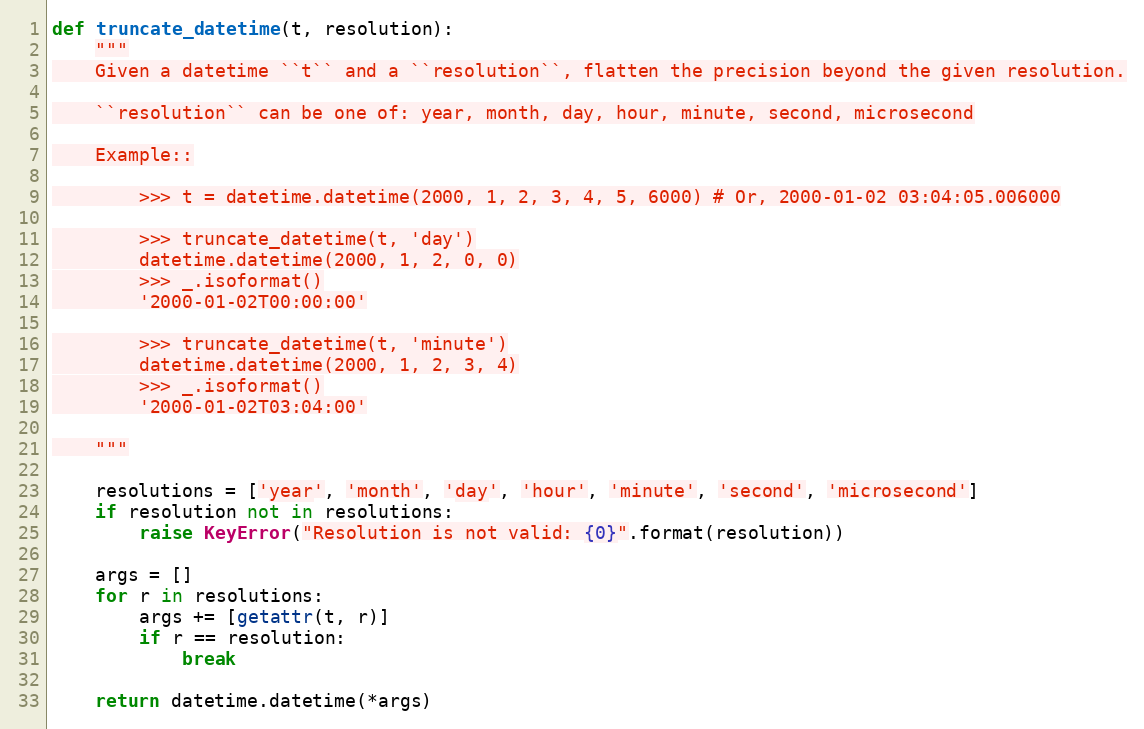
Language: Python
def truncate_datetime(t, resolution):
    """
    Given a datetime ``t`` and a ``resolution``, flatten the precision beyond the given resolution.

    ``resolution`` can be one of: year, month, day, hour, minute, second, microsecond

    Example::

        >>> t = datetime.datetime(2000, 1, 2, 3, 4, 5, 6000) # Or, 2000-01-02 03:04:05.006000

        >>> truncate_datetime(t, 'day')
        datetime.datetime(2000, 1, 2, 0, 0)
        >>> _.isoformat()
        '2000-01-02T00:00:00'

        >>> truncate_datetime(t, 'minute')
        datetime.datetime(2000, 1, 2, 3, 4)
        >>> _.isoformat()
        '2000-01-02T03:04:00'

    """

    resolutions = ['year', 'month', 'day', 'hour', 'minute', 'second', 'microsecond']
    if resolution not in resolutions:
        raise KeyError("Resolution is not valid: {0}".format(resolution))

    args = []
    for r in resolutions:
        args += [getattr(t, r)]
        if r == resolution:
            break

    return datetime.datetime(*args)